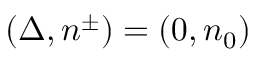
( \Delta , n ^ { \pm } ) = ( 0 , n _ { 0 } )